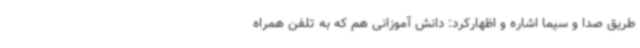
طریق صدا و سیما اشاره و اظهارکرد: دانش آموزانی هم که به تلفن همراه